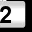
Digit: 2